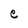
Character: e